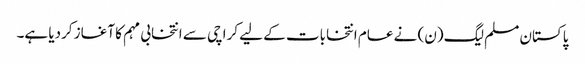
پاکستان مسلم لیگ (ن) نے عام انتخابات کے لیے کراچی سے انتخابی مہم کا آغاز کردیا ہے۔